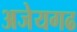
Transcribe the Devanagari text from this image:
अजेयगढ